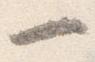
一